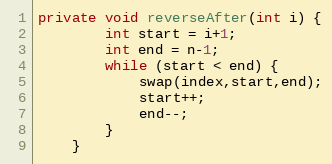
Language: Java
private void reverseAfter(int i) {
		int start = i+1;
		int end = n-1;
		while (start < end) {
			swap(index,start,end);
			start++;
			end--;
		}
	}